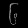
Digit: ၆